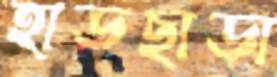
হাড়ছাড়া